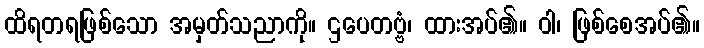
ထိရတရဖြစ်သော အမှတ်သညာကို။ ဌပေတဗ္ဗံ၊ ထားအပ်၏။ ဝါ၊ ဖြစ်စေအပ်၏။